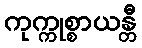
ကုက္ကုစ္စာယန္တီ